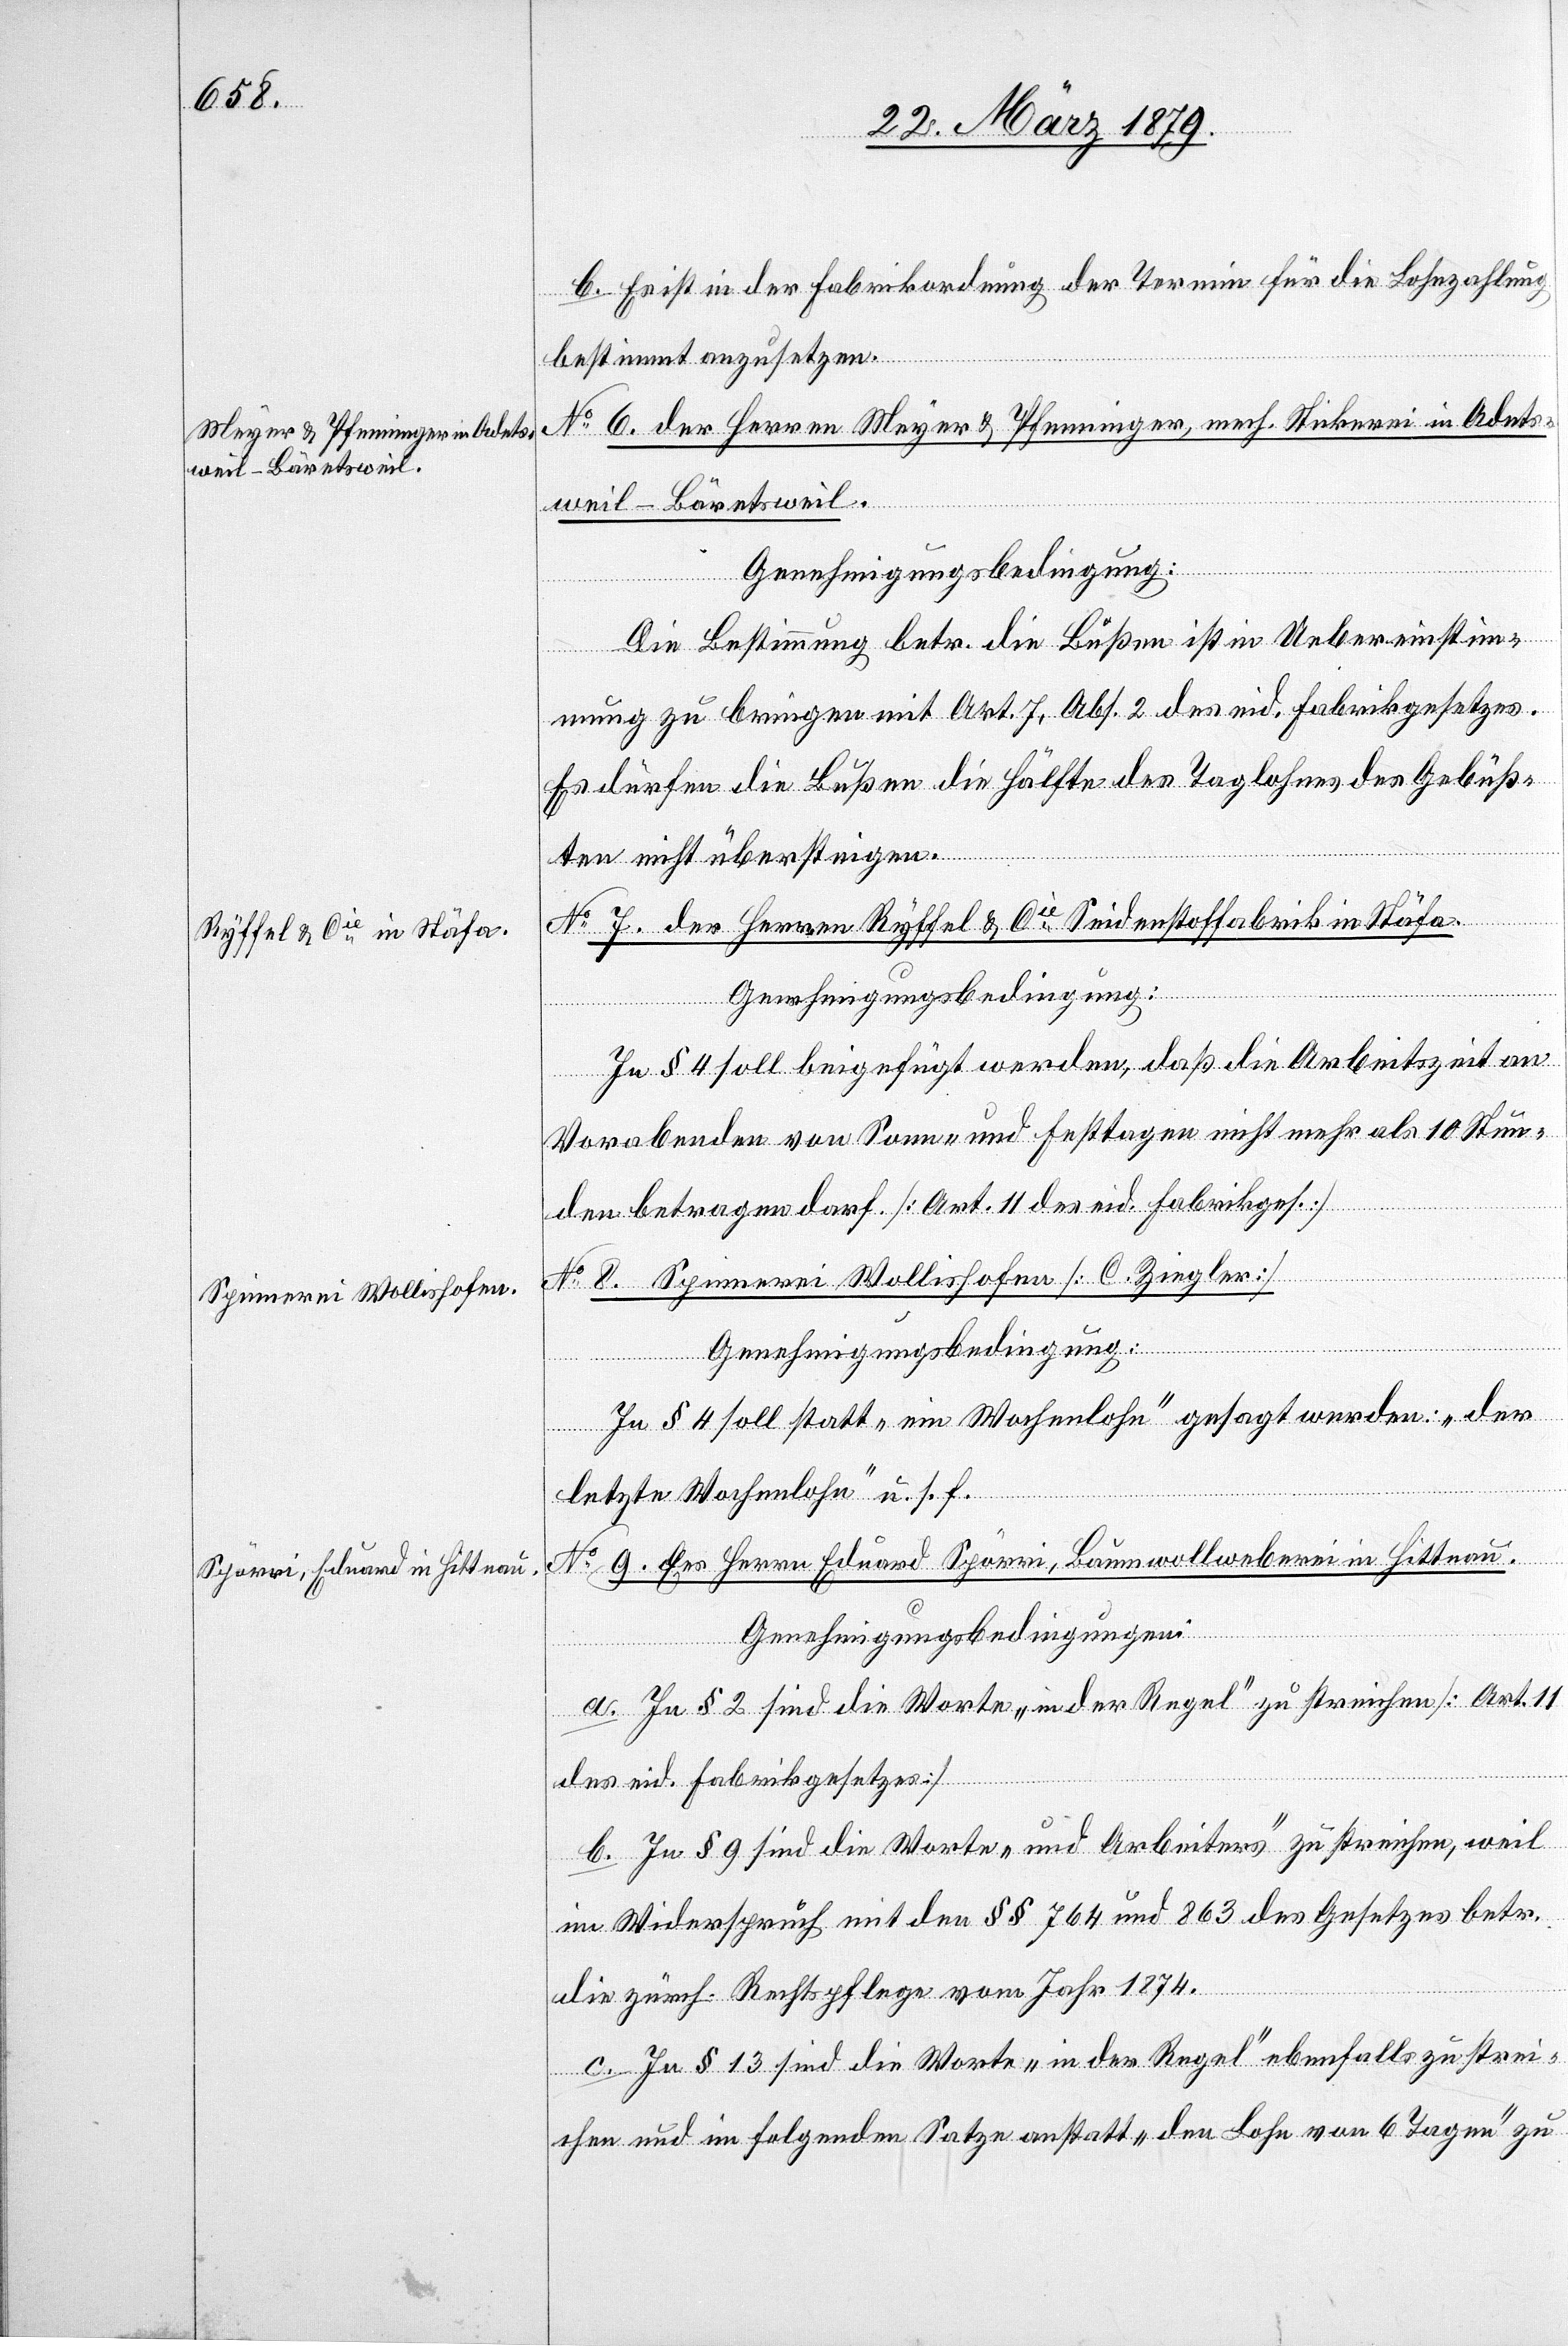
b. Es ist in der Fabrikordnung der Termin für die Lohnzahlung
bestimmt anzusetzen.
No 6. der Herren Meyer & Pfenninger, mech. Stickerei in Adets¬
weil - Bäretsweil.
Die Bestimmung betr. die Bußen ist in Uebereinstim¬
mung zu bringen mit Art. 7, Abs. 2 des eid. Fabrikgesetzes.
Es dürfen die Bußen die Hälfte des Taglohnes des Gebüß¬
ten nicht übersteigen.
No 7. der Herren Ryffel & Cie Seidenstoffabrik in Stäfa.
Genehmigungsbedingung:
In § 4 soll beigefügt werden, daß die Arbeitszeit an
Vorabenden von Sonn- und Festtagen nicht mehr als 10 Stun¬
den betragen darf [Art. 11 des eid. Fabrikges.].
No 8. Spinnerei Wollishofen [C. Ziegler]
Genehmigungsbedingung:
In § 4 soll statt „ein Wochenlohn“ gesagt werden: „der
letzte Wochenlohn“ u. s. f.
No 9. des Herrn Eduard Spörri, Baumwollweberei in Hittnau.
Genehmigungsbedingungen:
a. In § 2 sind die Worte „in der Regel“ zu streichen [Art. 11
des eid. Fabrikgesetzes]
b. In § 9 sind die Worte „und Arbeiters“ zu streichen, weil
im Widerspruch mit den §§ 764 und 863 des Gesetzes betr.
die zürch. Rechtspflege vom Jahr 1874.
c. In § 13 sind die Worte „in der Regel“ ebenfalls zu strei¬
chen und im folgenden Satze anstatt „den Lohn von 6 Tagen“ zu